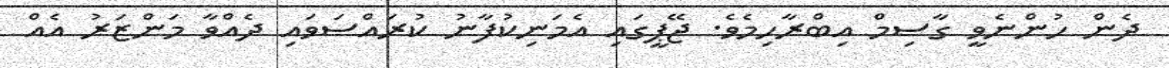
ދެން ހުންނެވީ ގާސިމް އިބްރާހިމެވެ. ޖޭޕީގައި އެމަނިކުފާނު ކުރައްސަވައި ދެއްވާ މަންޒަރު އެއް